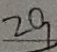
2 9